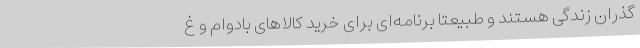
گذران زندگی هستند و طبیعتا برنامه‌ای برای خرید کالاهای بادوام و غ